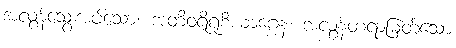
အလွန်သွေးအပ်သော။ အတိဝရိရုစိယာဂ္ဂေန၊ အလွန်တရာမြတ်သော